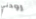
رودني